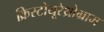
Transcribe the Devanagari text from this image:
क्रिस्टोयूरेथ्रोग्राम